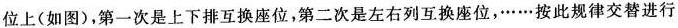
位上(如图)，第一次是上下排互换座位，第二次是左右列互换座位，……按此规律交替进行